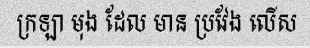
ក្រឡា មុង ដែល មាន ប្រវែង លើស